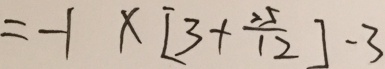
= - 1 \times [ 3 + \frac { 2 5 } { 1 2 } ] - 3